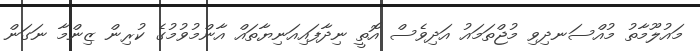
މައުލޫމާތު މުއްސަނދިވި މުޖްތަމައު އަދިވެސް އޮތީ ނިދާފައިއަނިޔާތައް އާންމުވުުމުގެ ކުރިން ޒިންމާ ނަގަން